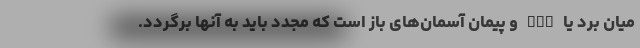
میان برد یا INF و پیمان آسمان‌های باز است که مجدد باید به آنها برگردد.